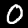
Digit: 0